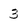
Character: 3